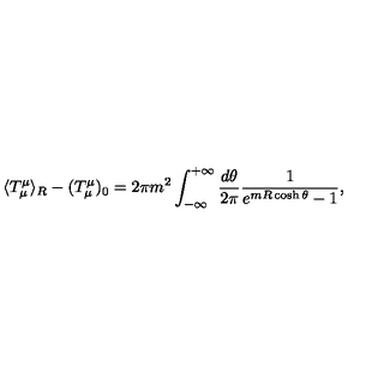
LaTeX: \langle T _ { \mu } ^ { \mu } \rangle _ { R } - ( T _ { \mu } ^ { \mu } ) _ { 0 } = 2 \pi m ^ { 2 } \int _ { - \infty } ^ { + \infty } \frac { d \theta } { 2 \pi } \frac { 1 } { e ^ { m R \cosh \theta } - 1 } ,